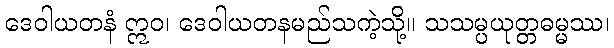
ဒေဝါယတနံ ဣဝ၊ ဒေဝါယတနမည်သကဲ့သို့။ သသမ္ပယုတ္တဓမ္မဿ၊